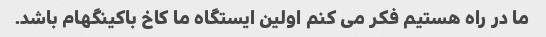
ما در راه هستیم فکر می کنم اولین ایستگاه ما کاخ باکینگهام باشد.